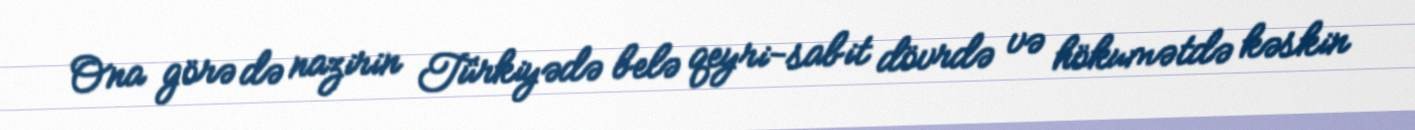
Ona görə də nazirin Türkiyədə belə qeyri-sabit dövrdə və hökumətdə kəskin